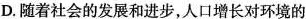
D.随着社会的发展和进步，人口增长对环境的